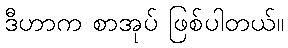
ဒီဟာက စာအုပ် ဖြစ်ပါတယ်။